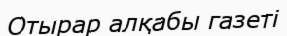
Отырар алқабы газеті